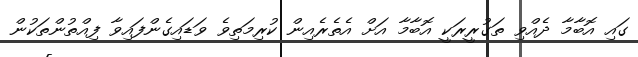
ގައި އޮބާމާ ދެއްވި ތަގުރީރަކީ އޮބާމާ އަށް އެތެރެއިން ކުރިމަތިވެ ވަޑައިގެންފައިވާ ފިއްތުންތަކުން